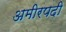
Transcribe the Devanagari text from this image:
अमीरपदी